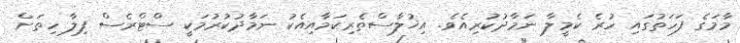
މާމަގެ ފަހަތުގައި ހުރެ ކެމީލާ ނަމާދުކުރިއެވެ. އިޚުލާސްތެރިކަމާއިއެކު ނަމާދުކުރުމަކީ ސްޓްރެސް ފިލާ ހިތަށް